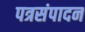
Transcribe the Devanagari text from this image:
पत्रसंपादन